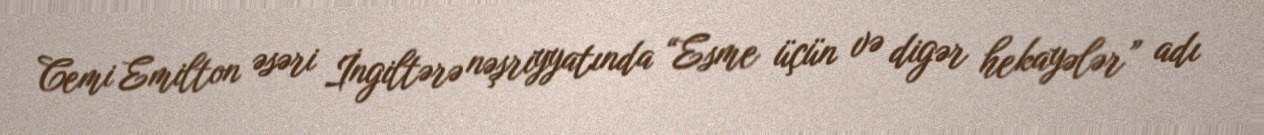
Cemi Emilton əsəri İngiltərə nəşriyyatında “Esme üçün və digər hekayələr” adı